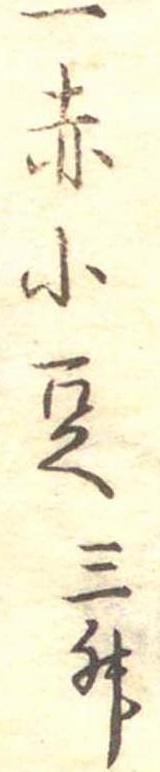
一赤小豆三升